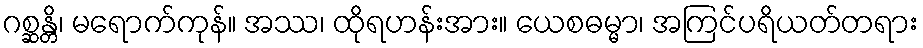
ဂစ္ဆန္တိ၊ မရောက်ကုန်။ အဿ၊ ထိုရဟန်းအား။ ယေစဓမ္မာ၊ အကြင်ပရိယတ်တရား